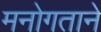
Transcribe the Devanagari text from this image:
मनोगताने